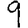
Digit: 9